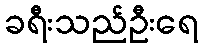
ခရီးသည်ဦးရေ